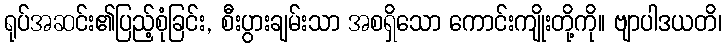
ရုပ်အဆင်း၏ပြည့်စုံခြင်း, စီးပွားချမ်းသာ အစရှိသော ကောင်းကျိုးတို့ကို။ ဗျာပါဒယတိ၊